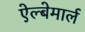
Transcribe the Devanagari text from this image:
ऐल्बेमार्ल